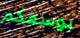
بوسعكم